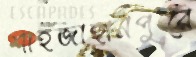
শাহজাহানপুরে